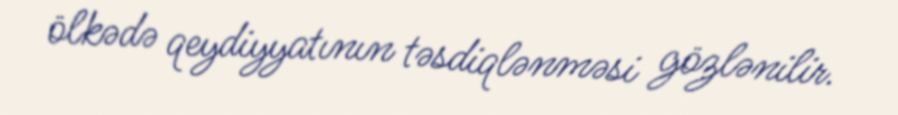
ölkədə qeydiyyatının təsdiqlənməsi gözlənilir.